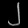
Digit: ၂